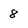
Character: 8